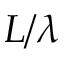
L / \lambda